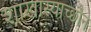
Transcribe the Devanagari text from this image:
शाखास्याच्छौन